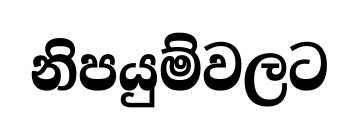
නිපයුම්වලට